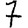
Digit: 7